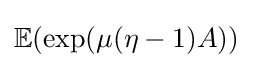
\mathbb {E} (\exp(\mu (\eta -1)A))